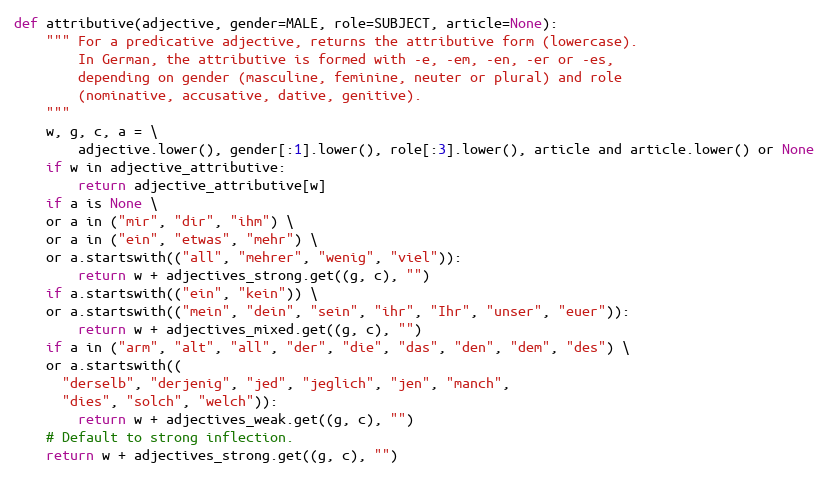
Language: Python
def attributive(adjective, gender=MALE, role=SUBJECT, article=None):
    """ For a predicative adjective, returns the attributive form (lowercase).
        In German, the attributive is formed with -e, -em, -en, -er or -es,
        depending on gender (masculine, feminine, neuter or plural) and role
        (nominative, accusative, dative, genitive).
    """
    w, g, c, a = \
        adjective.lower(), gender[:1].lower(), role[:3].lower(), article and article.lower() or None
    if w in adjective_attributive:
        return adjective_attributive[w]
    if a is None \
    or a in ("mir", "dir", "ihm") \
    or a in ("ein", "etwas", "mehr") \
    or a.startswith(("all", "mehrer", "wenig", "viel")):
        return w + adjectives_strong.get((g, c), "")
    if a.startswith(("ein", "kein")) \
    or a.startswith(("mein", "dein", "sein", "ihr", "Ihr", "unser", "euer")):
        return w + adjectives_mixed.get((g, c), "")
    if a in ("arm", "alt", "all", "der", "die", "das", "den", "dem", "des") \
    or a.startswith((
      "derselb", "derjenig", "jed", "jeglich", "jen", "manch",
      "dies", "solch", "welch")):
        return w + adjectives_weak.get((g, c), "")
    # Default to strong inflection.
    return w + adjectives_strong.get((g, c), "")